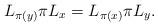
LaTeX: \begin{align*}L_{\pi(y)}\pi L_x=L_{\pi(x)}\pi L_y.\end{align*}